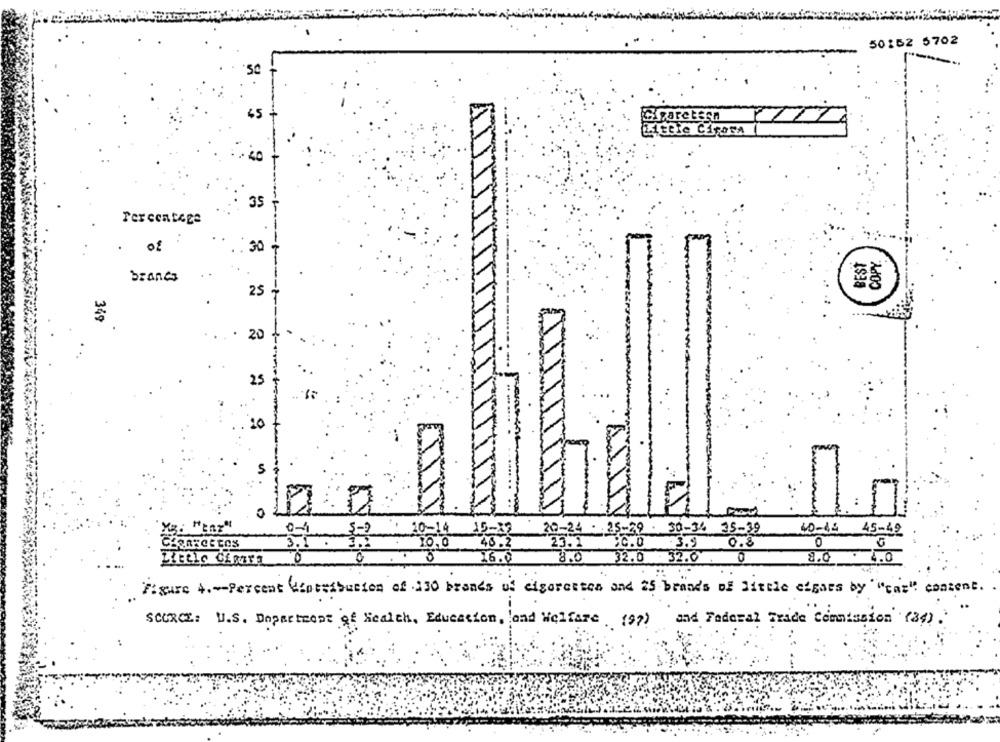
50152 5702
35
Percentage
of
30
BEST
COPY.
brands
25
349
20
25
A.
. 20
5
..
10-14
20-24 - 25-29 . 30-34 35-39
10-14 45-49
3.5
10.0
40.2
23.1
SC.0
3.9
0.8
O
16.0
8.0
.32.0
32.0
0
8.0. 1.0
Figure 4 .- Percent dentesbution of 130 brands of cigarettes and 25 brands of little elgars by "car" content .
SOURCE: U.S. Department of Health, Education, and Welfare (97) and Federal Trade Commission (84) .